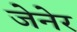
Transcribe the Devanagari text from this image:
जेनेर